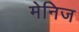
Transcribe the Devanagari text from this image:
मेनिज